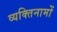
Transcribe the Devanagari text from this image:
व्यक्‍तिनामों